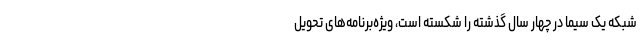
شبکه یک سیما در چهار سال گذشته را شکسته است، ویژه‌برنامه‌های تحویل